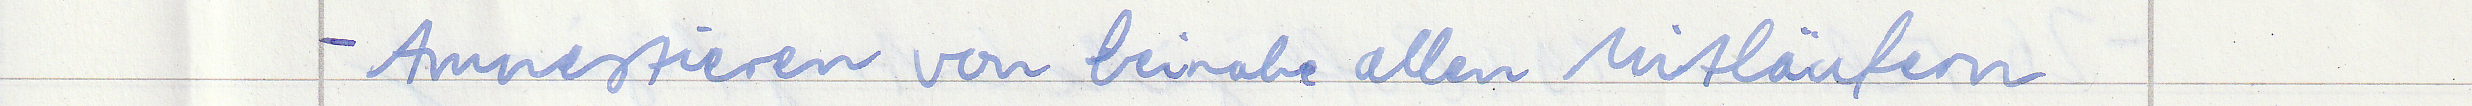
- Amnestieren von beinahe allen Mitläufern